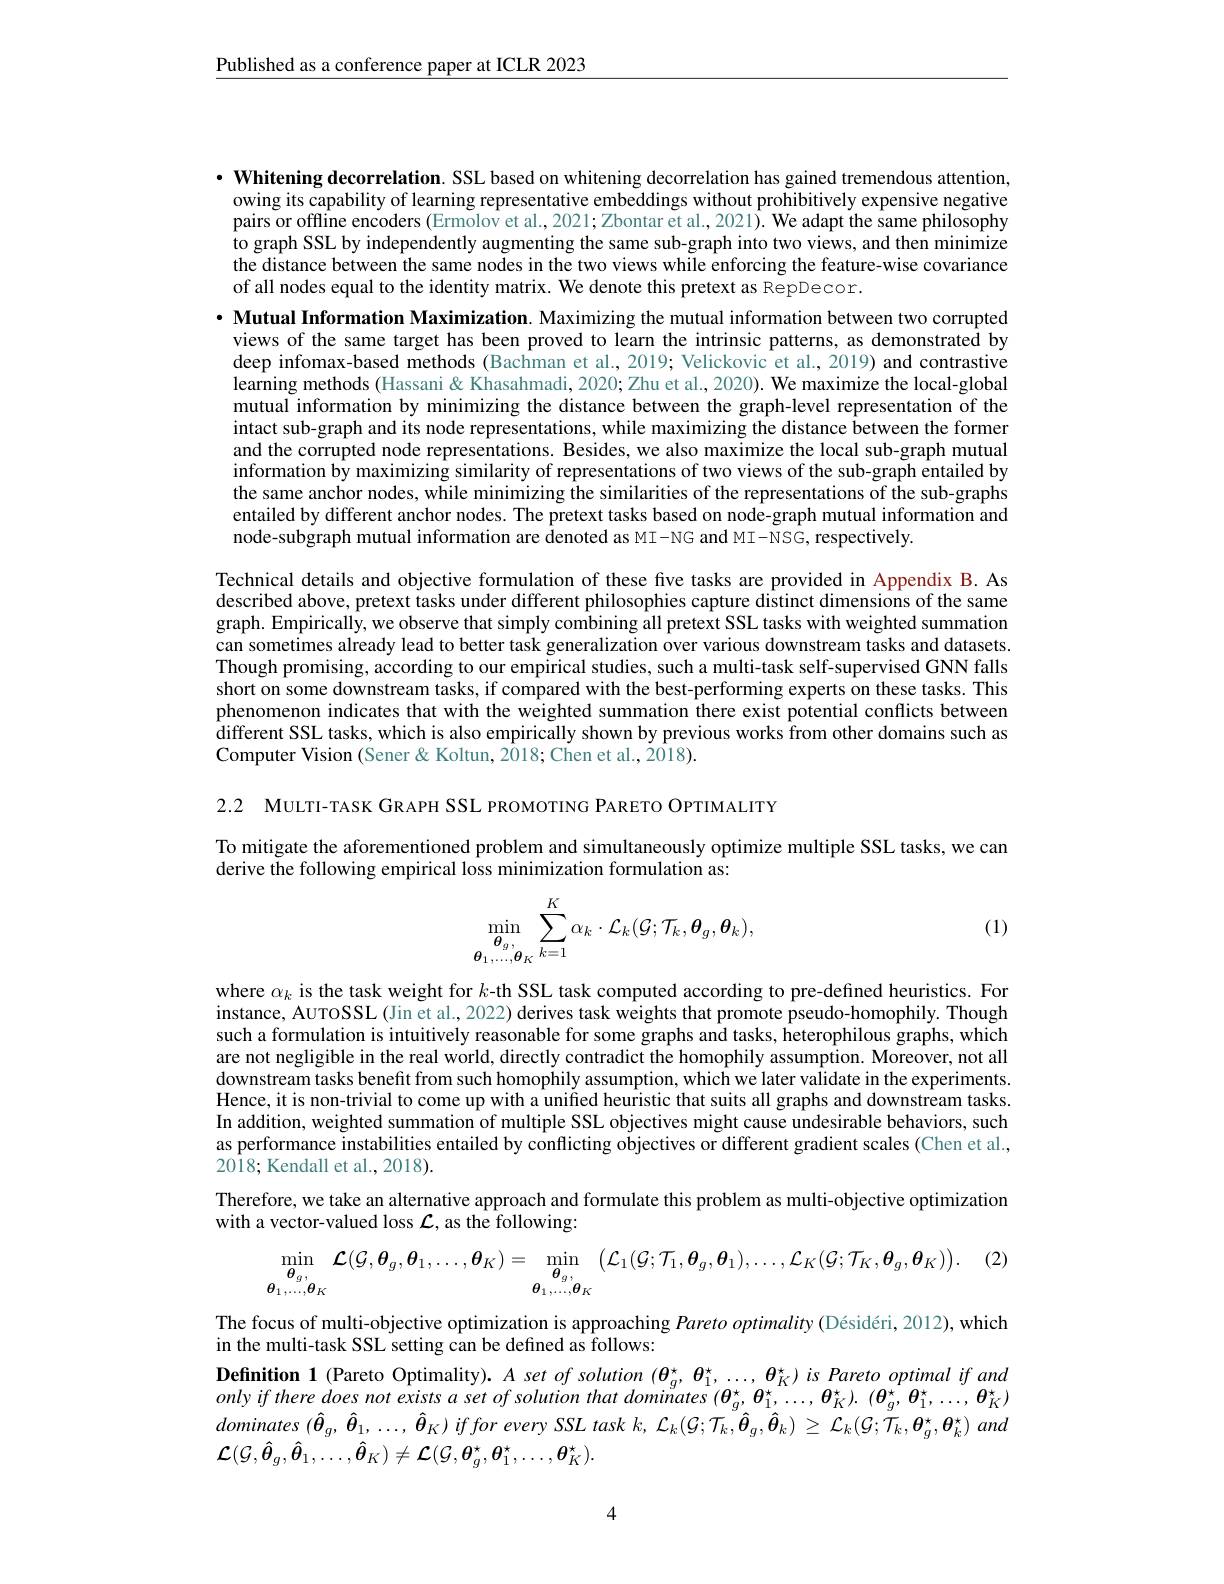
$\underline{\text{Published as a conference paper at ICLR 2023}}$

· Whitening decorrelation. SSL based on whitening decorrelation has gained tremendous attention,
owing its capability of learning representative embeddings without prohibitively expensive negative pairs or offline encoders (Ermolov et al., 2021; Zbontar et al., 2021). We adapt the same philosophy to graph SSL by independently augmenting the same sub-graph into two views, and then minimize the distance between the same nodes in the two views while enforcing the feature-wise covariance of all nodes equal to the identity matrix. We denote this pretext as RepDecor.

$\cdot$ Mutual Information Maximization. Maximizing the mutual information between two corrupted
views of the same target has been proved to learn the intrinsic patterns, as demonstrated by deep infomax-based methods (Bachman et al., 2019; Velickovic et al., 2019) and contrastive learning methods (Hassani& Khasahmadi, 2020; Zhu et al., 2020). We maximize the local-global mutual information by minimizing the distance between the graph-level representation of the intact sub-graph and its node representations, while maximizing the distance between the former and the corrupted node representations. Besides, we also maximize the local sub-graph mutual $\hat{\text{information by maximizing similarity of representations of two views of the sub-graph entailed by}}$ the same anchor nodes, while minimizing the similarities of the representations of the sub-graphs entailed by different anchor nodes. The pretext tasks based on node-graph mutual information and node-subgraph mutual information are denoted as MI-NG and MI-NSG, respectively.

Technical details and objective formulation of these five tasks are provided in Appendix B. As described above, pretext tasks under different philosophies capture distinct dimensions of the same graph. Empirically, we observe that simply combining all pretext SSL tasks with weighted summation can sometimes already lead to better task generalization over various downstream tasks and datasets Though promising, according to our empirical studies, such a multi-task self-supervised GNN falls short on some downstream tasks, if compared with the best-performing experts on these tasks. This phenomenon indicates that with the weighted summation there exist potential conflicts between different SSL tasks, which is also empirically shown by previous works from other domains such as Computer Vision (Sener& Koltun, 2018; Chen et al., 2018).

2.2 MULTI-TASK GRAPH SSL PROMOTING PARETO OPTIMALITY

To mitigate the aforementioned problem and simultaneously optimize multiple SSL tasks, we can
derive the following empirical loss minimization formulation as:

(1)
$$\min\limits_{\boldsymbol{\theta}_{1},\ldots,\boldsymbol{\theta}_{K}}\sum\limits_{k=1}^{K}\alpha_{k}\cdot\mathcal{L}_{k}(\mathcal{G};\mathcal{T}_{k},\boldsymbol{\theta}_{g},\boldsymbol{\theta}_{k}),$$
where $\alpha_k$ is the task weight for $k$-th SSL task computed according to pre-defined heuristics. For instance, AUTOSSL (Jin et al., 2022) derives task weights that promote pseudo-homophily. Though such a formulation is intuitively reasonable for some graphs and tasks, heterophilous graphs, which are not negligible in the real world, directly contradict the homophily assumption. Moreover, not all downstream tasks benefit from such homophily assumption, which we later validate in the experiments. Hence, it is non-trivial to come up with a unified heuristic that suits all graphs and downstream tasks. In addition, weighted summation of multiple SSL objectives might cause undesirable behaviors, such as performance instabilities entailed by conflicting objectives or different gradient scales (Chen et al., $20\hat{18};$ Kendall et al., 2018).

Therefore, we take an alternative approach and formulate this problem as multi-objective optimization

with a vector-valued loss $\mathcal{L}$,as the following:
$$\begin{aligned}&\min_{\boldsymbol{\theta}_{g},}\mathcal{L}(\mathcal{G},\boldsymbol{\theta}_{g},\boldsymbol{\theta}_{1},\ldots,\boldsymbol{\theta}_{K})=\min_{\boldsymbol{\theta}_{1},\ldots,\boldsymbol{\theta}_{K}}\left(\mathcal{L}_{1}(\mathcal{G};\mathcal{T}_{1},\boldsymbol{\theta}_{g},\boldsymbol{\theta}_{1}),\ldots,\mathcal{L}_{K}(\mathcal{G};\mathcal{T}_{K},\boldsymbol{\theta}_{g},\boldsymbol{\theta}_{K})\right).\end{aligned}$$
The focus of multi-objective optimization is approaching Pareto optimality (Désidéri, 2012), which
in the multi-task SSL setting can be defined as follows:
Definition 1 (Pareto Optimality). $A\textit{set of solution }( \boldsymbol{\theta }_g^* , \boldsymbol{\theta }_1^* , \ldots , \boldsymbol{\theta }_K^* ) is$ Pareto optimal if and $onlyiftheredoesnotexistsasetofsolutionthatdominates(\theta_{g}^{\star},\theta_{1}^{\star},\ldots,\theta_{K}^{\star}).(\theta_{g}^{\star},\theta_{1}^{\star},\ldots,\theta_{K}^{\star})$ $dominates(\hat{\boldsymbol{\theta}}_{g},\hat{\boldsymbol{\theta}}_{1},\ldots,\hat{\boldsymbol{\theta}}_{K})iffor$ every SSL task $k,\mathcal{L}_k(\mathcal{G};\mathcal{T}_{k},\hat{\boldsymbol{\theta}}_{g},\hat{\boldsymbol{\theta}}_{k})\geq\mathcal{L}_{k}(\mathcal{G};\mathcal{T}_{k},\boldsymbol{\theta}_{g}^{\star},\boldsymbol{\theta}_{k}^{\star})$ and ${\mathcal L}(\mathcal{G},\hat{\boldsymbol{\theta}}_g,\hat{\boldsymbol{\theta}}_1,\ldots,\hat{\boldsymbol{\theta}}_K)\neq{\mathcal L}(\mathcal{G},\boldsymbol{\theta}_g^*,\boldsymbol{\theta}_1^*,\ldots,\boldsymbol{\theta}_K^*).$

4